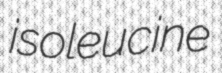
isoleucine